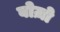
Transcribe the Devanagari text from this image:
बोज़ो